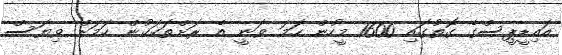
އައިޑީޕީސްގެ ގޮތުގައި 1600 މީހުން ހަމަ ވަނީ އެ ރަށްތަކަކުން ކަމަށް ވިޔަސް